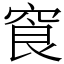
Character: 䆡